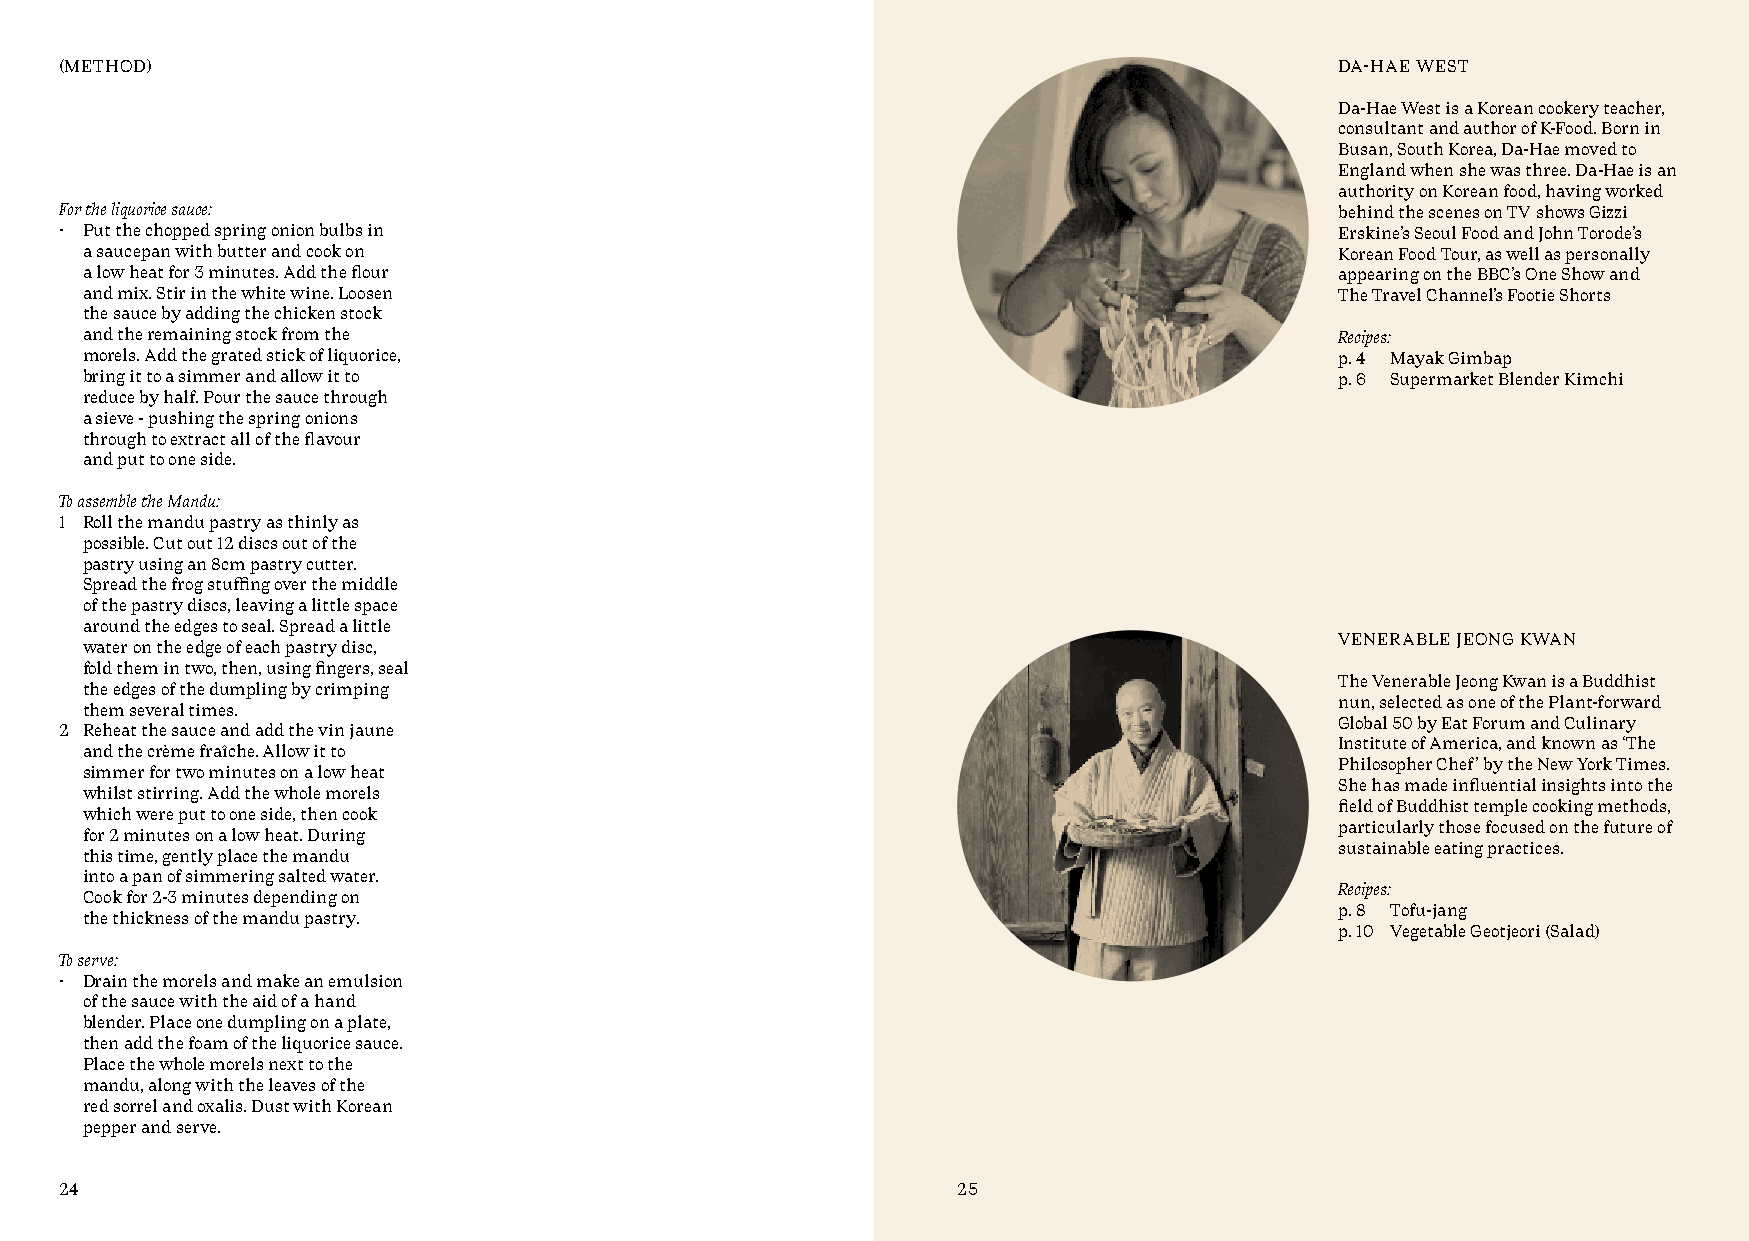
(METHOD)                                                                             DA-HAE WEST
 Da-Hae West is a Korean cookery teacher,
 consultant and author of K-Food. Born in
 Busan, South Korea, Da-Hae moved to
 England when she was three. Da-Hae is an
 authority on Korean food, having worked
 For the liquorice sauce:                                                             behind the scenes on TV shows Gizzi
 • Put the chopped spring onion bulbs in                                              Erskine’s Seoul Food and John Torode’s
 a saucepan with butter and cook on                                                  Korean Food Tour, as well as personally
 a low heat for 3 minutes. Add the flour                                             appearing on the BBC’s One Show and
 and mix. Stir in the white wine. Loosen                                             The Travel Channel’s Footie Shorts
 the sauce by adding the chicken stock
 and the remaining stock from the                                                    Recipes:
 morels. Add the grated stick of liquorice,                                          p. 4 Mayak Gimbap
 bring it to a simmer and allow it to                                                p. 6 Supermarket Blender Kimchi
 reduce by half. Pour the sauce through
 a sieve - pushing the spring onions
 through to extract all of the flavour
 and put to one side.
 To assemble the Mandu:
 1 Roll the mandu pastry as thinly as
 possible. Cut out 12 discs out of the
 pastry using an 8cm pastry cutter.
 Spread the frog stuffing over the middle
 of the pastry discs, leaving a little space
 around the edges to seal. Spread a little
 VENERABLE JEONG KWAN
 water on the edge of each pastry disc,
 fold them in two, then, using fingers, seal
 The Venerable Jeong Kwan is a Buddhist
 the edges of the dumpling by crimping
 nun, selected as one of the Plant-forward
 them several times.
 Global 50 by Eat Forum and Culinary
 2 Reheat the sauce and add the vin jaune
 Institute of America, and known as ‘The
 and the crème fraîche. Allow it to
 Philosopher Chef’ by the New York Times.
 simmer for two minutes on a low heat
 She has made influential insights into the
 whilst stirring. Add the whole morels
 field of Buddhist temple cooking methods,
 which were put to one side, then cook
 particularly those focused on the future of
 for 2 minutes on a low heat. During
 sustainable eating practices.
 this time, gently place the mandu
 into a pan of simmering salted water.
 Recipes:
 Cook for 2-3 minutes depending on
 p. 8 Tofu-jang
 the thickness of the mandu pastry.
 p. 10 Vegetable Geotjeori (Salad)
 To serve:
 • Drain the morels and make an emulsion
 of the sauce with the aid of a hand
 blender. Place one dumpling on a plate,
 then add the foam of the liquorice sauce.
 Place the whole morels next to the
 mandu, along with the leaves of the
 red sorrel and oxalis. Dust with Korean
 pepper and serve.
 24                                                         25